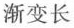
渐变长